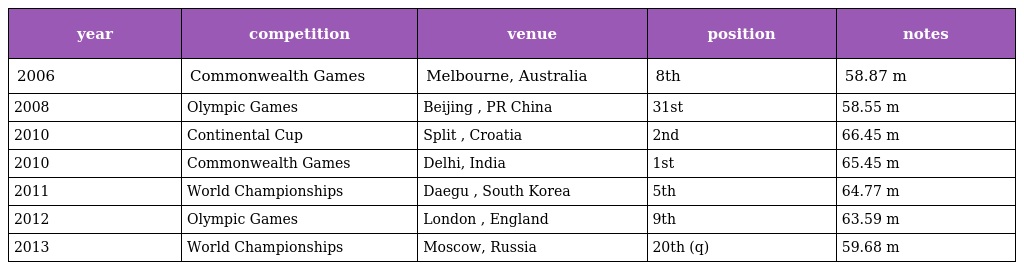
| year | competition | venue | position | notes |
 | --- | --- | --- | --- | --- |
 | 2006 | Commonwealth Games | Melbourne, Australia | 8th | 58.87 m |
 | 2008 | Olympic Games | Beijing , PR China | 31st | 58.55 m |
 | 2010 | Continental Cup | Split , Croatia | 2nd | 66.45 m |
 | 2010 | Commonwealth Games | Delhi, India | 1st | 65.45 m |
 | 2011 | World Championships | Daegu , South Korea | 5th | 64.77 m |
 | 2012 | Olympic Games | London , England | 9th | 63.59 m |
 | 2013 | World Championships | Moscow, Russia | 20th (q) | 59.68 m |